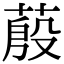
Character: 蒑